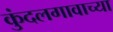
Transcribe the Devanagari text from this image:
कुंदलगावाच्या